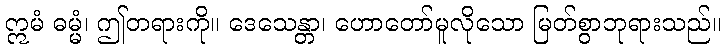
ဣမံ ဓမ္မံ၊ ဤတရားကို။ ဒေသေန္တာ၊ ဟောတော်မူလိုသော မြတ်စွာဘုရားသည်။